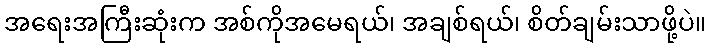
အရေးအကြီးဆုံးက အစ်ကိုအမေရယ်၊ အချစ်ရယ်၊ စိတ်ချမ်းသာဖို့ပဲ။